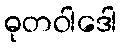
ဓုတဝါဒေါ